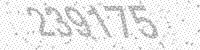
Solution: 239175